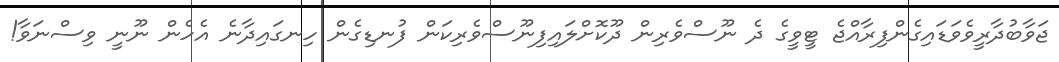
ޖަވާބުދާރީވެވަޑައިގެންފިރާއްޖެ ޓީވީގެ ދެ ނޫސްވެރިން ދޫކޮށްލައިފިނޫސްވެރިކަން ފުނޑިގެން ހިނގައިދާނެ އެހެން ނޫނީ ވިސްނަވާ!